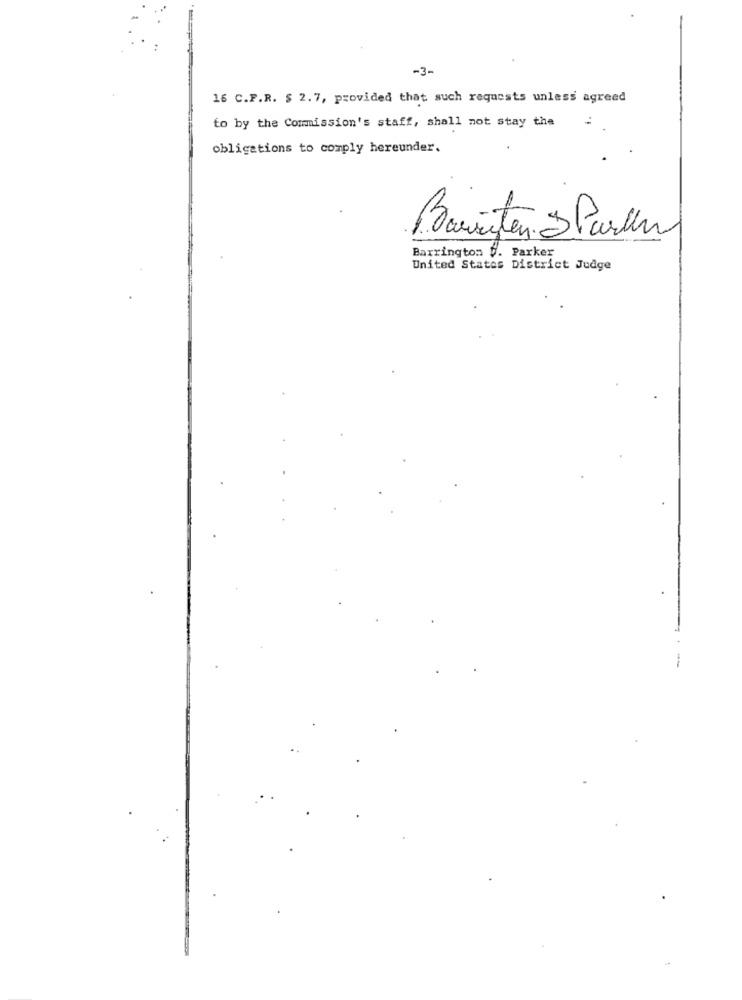
-3-
16 C.F.R. $ 2.7, provided that such requests unless agreed
to by the Commission's staff, shall not stay the
obligations to comply hereunder.
Barsten Starter
Barrington V. Parker
United States District Judge
-